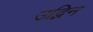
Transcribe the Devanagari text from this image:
उद्भिन